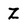
Character: Z